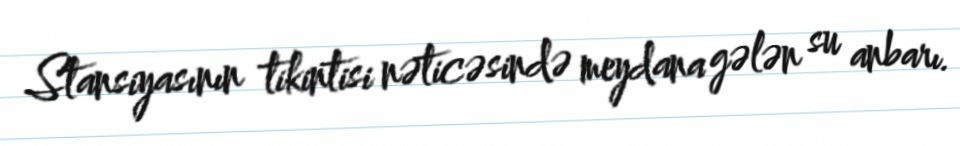
Stansiyasının tikintisi nəticəsində meydana gələn su anbarı.